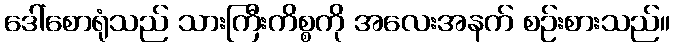
ဒေါ်စောရုံသည် သားကြီးကိစ္စကို အလေးအနက် စဉ်းစားသည်။